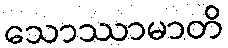
သောဿာမာတိ